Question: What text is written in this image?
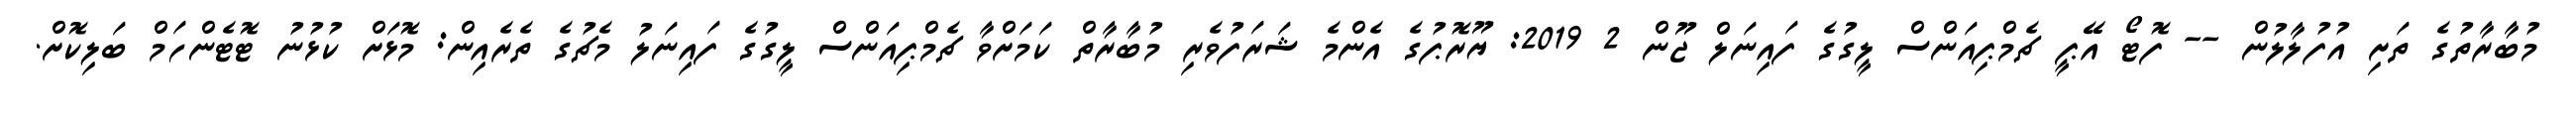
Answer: މުބާރާތުގެ ތަށި އުފުލާލުން -- ފޮޓޯ އޭޕީ ޗެމްޕިއަންސް ލީގުގެ ފައިނަލް ޖޫން 2 2019: ޔޫރޮޕުގެ އެންމެ ޝަރަފުވެރި މުބާރާތް ކަމަށްވާ ޗެމްޕިއަންސް ލީގުގެ ފައިނަލު މެޗުގެ ތެރެއިން: މޮޅަށް ކުޅުނު ޓޮޓެންހަމް ބަލިކޮށް.